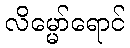
လိမ္မော်ရောင်